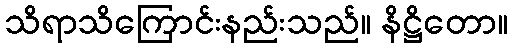
သိရာသိကြောင်းနည်းသည်။ နိဋ္ဌိတော။